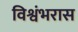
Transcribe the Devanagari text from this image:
विश्वंभरास